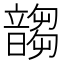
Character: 䪮